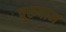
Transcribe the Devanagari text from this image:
पुरुषान